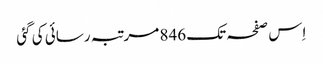
اِس صفحہ تک 846 مرتبہ رسائی کی گئی